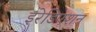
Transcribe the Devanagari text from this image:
इरेडिएशन